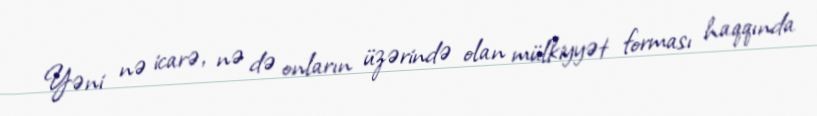
Yəni nə icarə, nə də onların üzərində olan mülkiyyət forması haqqında